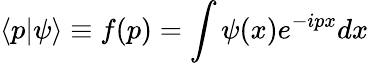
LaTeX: \langle p|\psi\rangle\equiv f(p)=\int\psi(x)e^{-ipx}dx